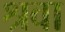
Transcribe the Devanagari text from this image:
श्रवा